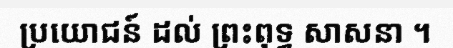
ប្រយោជន៍ ដល់ ព្រះពុទ្ធ សាសនា ។